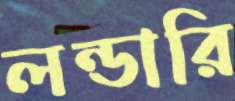
লন্ডারি